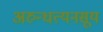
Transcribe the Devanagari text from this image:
अरुन्धत्यनसूय